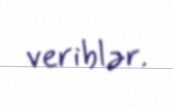
veriblər.